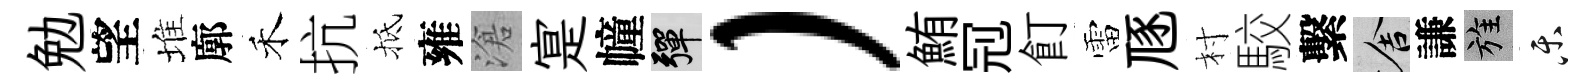
勉望堆廓禾抗抵雍滄寔幢彈）鮪𠜍飣雷豗村駮繫舍謙旌乐